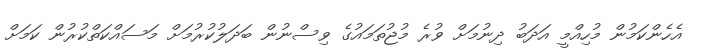
އެހެންކަމުން މުހިއްމީ އަދަބު ދިނުމަށް ވުރެ މުޖުތަމައުގެ ވިސްނުން ބަދަލުކުރުމަށް މަސައްކަތްކުރުން ކަމަށް